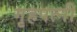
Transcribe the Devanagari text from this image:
गृहपत्नी